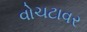
વોચટાવર